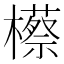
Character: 櫒